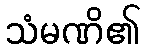
သံမဏိ၏